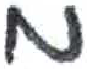
אות: מ